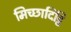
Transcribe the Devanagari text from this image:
मिच्छादिट्ठि